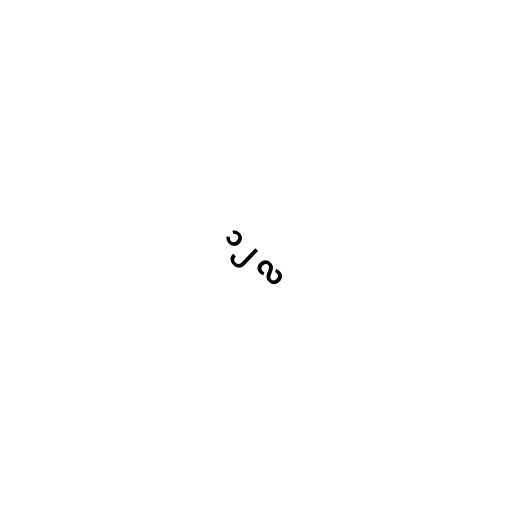
၁၂ လ